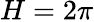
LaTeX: H=2\pi